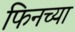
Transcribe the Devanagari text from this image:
फिनच्या